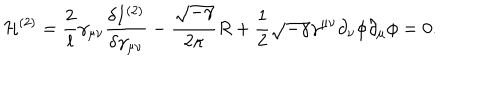
{ \cal H } ^ { ( 2 ) } = \frac { 2 } { l } \gamma _ { \mu \nu } \frac { \delta I ^ { ( 2 ) } } { \delta \gamma _ { \mu \nu } } - \frac { \sqrt { - \gamma } } { 2 \kappa } R + \frac { 1 } { 2 } \sqrt { - \gamma } \gamma ^ { \mu \nu } \partial _ { \nu } \phi \partial _ { \mu } \phi = 0 .